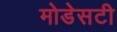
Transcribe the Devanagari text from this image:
मोडेसटी